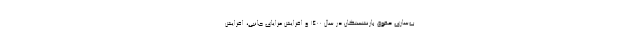
ب‌سازی حقوق بازنشستگان در سال ۱۴۰۰ و افزایش مزایای جانبی، افزایش